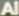
Al